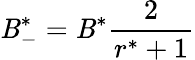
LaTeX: \mathit{B}_{-}^{*}=\mathit{B}^{*}\frac{{2}}{{r^{*}+1}}